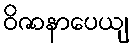
ဝိဇာနာပေယျ